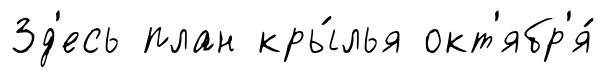
Зд'есь план кры́лья окт'ябр'я́